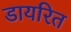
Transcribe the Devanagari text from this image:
डायरित